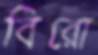
বিরো